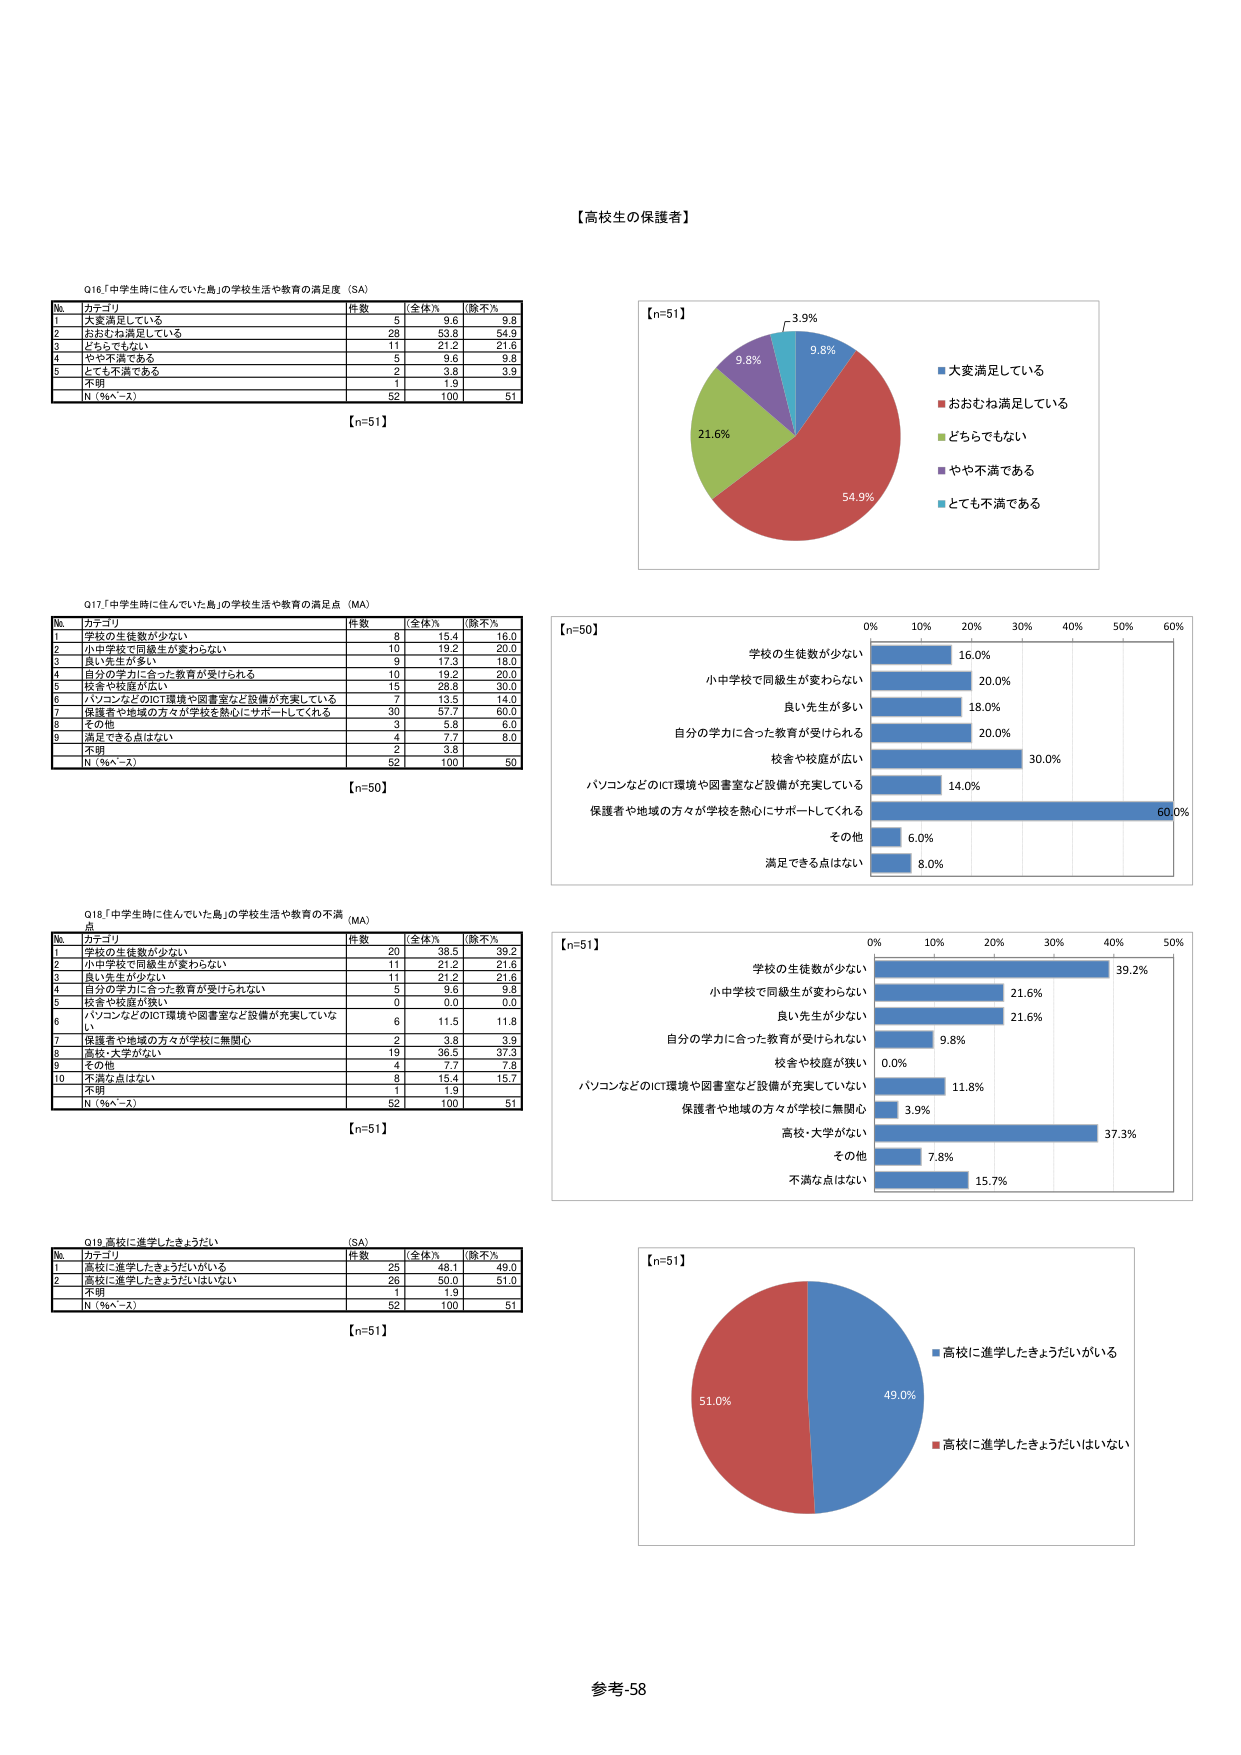
【高校生の保護者】

Q16「中学生時に住んでいた島」の学校生活や教育の満足度（SA）

№ カテゴリ 件数 （全体％） （除不％）
1 大変満足している 5 9.6 9.8
2 おおむね満足している 28 53.8 54.9
3 どちらでもない 11 21.2 21.6
4 やや不満である 5 9.6 9.8
5 とても不満である 2 3.8 3.9
不明 1 1.9
N（％へ－Σ） 52 100 51

【n=51】

Q17「中学生時に住んでいた島」の学校生活や教育の満足点（MA）

№ カテゴリ 件数 （全体％） （除不％）
1 学校の生徒数が少ない 8 15.4 16.0
2 小中学校で同級生が変わらない 10 19.2 20.0
3 良い先生が多い 9 17.3 18.0
4 自分の学力に合った教育が受けられる 10 19.2 20.0
5 校舎や校庭が広い 15 28.8 30.0
6 パソコンなどのICT環境や図書室など設備が充実している 7 13.5 14.0
7 保護者や地域の方々が学校を熱心にサポートしてくれる 30 57.7 60.0
8 その他 3 5.8 6.0
9 満足できる点はない 4 7.7 8.0
不明 2 3.8
N（％へ－Σ） 52 100 50

【n=50】

Q18「中学生時に住んでいた島」の学校生活や教育の不満点（MA）

№ カテゴリ 件数 （全体％） （除不％）
1 学校の生徒数が少ない 20 38.5 39.2
2 小中学校で同級生が変わらない 11 21.2 21.6
3 良い先生が少ない 11 21.2 21.6
4 自分の学力に合った教育が受けられない 5 9.6 9.8
5 校舎や校庭が狭い 0 0.0 0.0
6 パソコンなどのICT環境や図書室など設備が充実していな 6 11.5 11.8
7 保護者や地域の方々が学校に無関心 2 3.8 3.9
8 高校・大学がない 19 36.5 37.3
9 その他 4 7.7 7.8
10 不満な点はない 8 15.4 15.7
不明 1 1.9
N（％へ－Σ） 52 100 51

【n=51】

Q19 高校に進学したきょうだいがいる（SA）

№ カテゴリ 件数 （全体％） （除不％）
1 高校に進学したきょうだいがいる 25 48.1 49.0
2 高校に進学したきょうだいはいない 26 50.0 51.0
不明 1 1.9
N（％へ－Σ） 52 100 51

【n=51】

【n=51】
3.9%
9.8%
9.8%
21.6%
54.9%
■大変満足している
■おおむね満足している
■どちらでもない
■やや不満である
■とても不満である

【n=50】
0% 10% 20% 30% 40% 50% 60%
学校の生徒数が少ない 16.0%
小中学校で同級生が変わらない 20.0%
良い先生が多い 18.0%
自分の学力に合った教育が受けられる 20.0%
校舎や校庭が広い 30.0%
パソコンなどのICT環境や図書室など設備が充実している 14.0%
保護者や地域の方々が学校を熱心にサポートしてくれる 60.0%
その他 6.0%
満足できる点はない 8.0%

【n=51】
0% 10% 20% 30% 40% 50%
学校の生徒数が少ない 39.2%
小中学校で同級生が変わらない 21.6%
良い先生が少ない 21.6%
自分の学力に合った教育が受けられない 9.8%
校舎や校庭が狭い 0.0%
パソコンなどのICT環境や図書室など設備が充実していない 11.8%
保護者や地域の方々が学校に無関心 3.9%
高校・大学がない 37.3%
その他 7.8%
不満な点はない 15.7%

【n=51】
51.0%
49.0%
■高校に進学したきょうだいがいる
■高校に進学したきょうだいはいない

参考-58